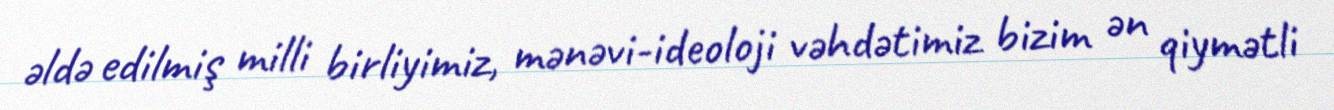
əldə edilmiş milli birliyimiz, mənəvi-ideoloji vəhdətimiz bizim ən qiymətli